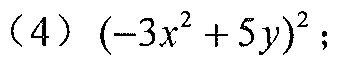
(4)$(-3x^{2}+5y)^{2}$